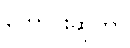
တောင်းဆိုတာ